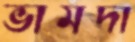
ভামদা